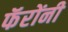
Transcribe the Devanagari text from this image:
फॅरोंनी